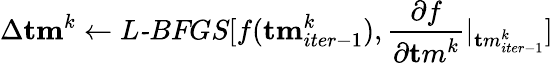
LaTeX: \Delta{\mathbf{tm}}^{k}\gets\textit{L-BFGS}[f({\mathbf{tm}}_{iter-1}^{k}),\frac{\partial f}{\partial{\mathbf tm}^{k}}|_{{\mathbf tm}_{iter-1}^{k}}]